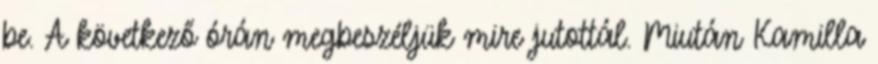
be. A következő órán megbeszéljük mire jutottál. Miután Kamilla